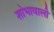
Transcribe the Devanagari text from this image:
शोभावाली